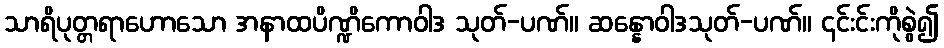
သာရိပုတ္တရာဟောသော အနာထပိဏ္ဍိကောဝါဒ သုတ်-ပဏ်။ ဆန္နောဝါဒသုတ်-ပဏ်။ ၎င်းင်းကိုစွဲ၍